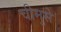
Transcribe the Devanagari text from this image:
चीमुसे